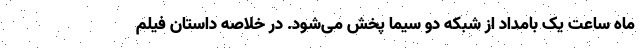
ماه ساعت یک بامداد از شبکه دو سیما پخش می‌شود. در خلاصه داستان فیلم